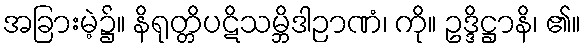
အခြားမဲ့၌။ နိရုတ္တိပဋိသမ္ဘိဒါဉာဏံ၊ ကို။ ဥဒ္ဒိဋ္ဌာနိ၊ ၏။